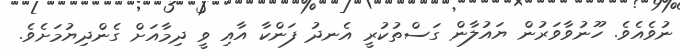
ނުވެއެވެ. ހޫނުވާވަރުން ޔައުލާން ގަސްތުކުރީ އެނދު ފަންކާ އާއި ވީ ދިމާއަށް ގެންދިޔުމަށެވެ.